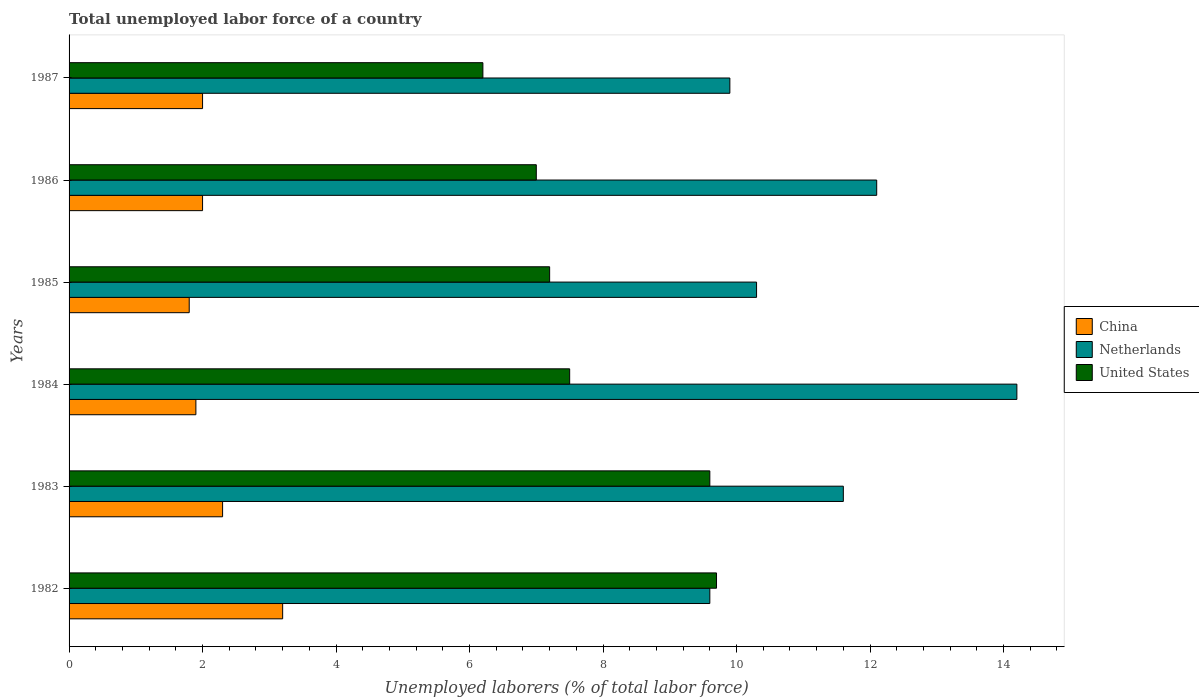
| Years | China | Netherlands | United States |
 | --- | --- | --- | --- |
 | 1982 | 3.2 | 9.6 | 9.7 |
 | 1983 | 2.3 | 11.6 | 9.6 |
 | 1984 | 1.9 | 14.2 | 7.5 |
 | 1985 | 1.8 | 10.3 | 7.2 |
 | 1986 | 2 | 12.1 | 7 |
 | 1987 | 2 | 9.9 | 6.2 |